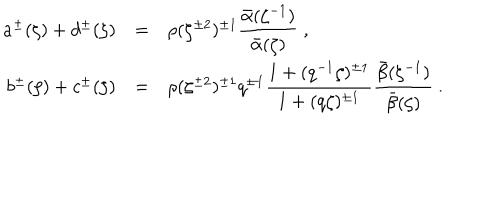
\begin{array} { r c l } { { a ^ { \pm } ( \zeta ) + d ^ { \pm } ( \zeta ) } } & { { = } } & { { \rho ( \zeta ^ { \pm 2 } ) ^ { \pm 1 } \displaystyle \frac { \bar { \alpha } ( \zeta ^ { - 1 } ) } { \bar { \alpha } ( \zeta ) } ~ , } } \\ { { b ^ { \pm } ( \zeta ) + c ^ { \pm } ( \zeta ) } } & { { = } } & { { \rho ( \zeta ^ { \pm 2 } ) ^ { \pm 1 } q ^ { \pm 1 } \displaystyle \frac { 1 + ( q ^ { - 1 } \zeta ) ^ { \pm 1 } } { 1 + ( q \zeta ) ^ { \pm 1 } } \displaystyle \frac { \bar { \beta } ( \zeta ^ { - 1 } ) } { \bar { \beta } ( \zeta ) } ~ . } } \\ \end{array}